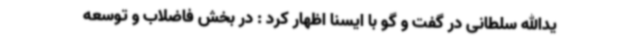
یدالله سلطانی در گفت و گو با ایسنا اظهار کرد : در بخش فاضلاب و توسعه